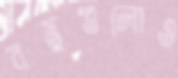
বস্তুগুলোও